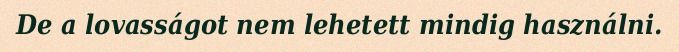
De a lovasságot nem lehetett mindig használni.